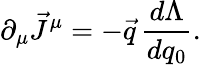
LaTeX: \partial_{\mu}\vec{J}^{\mu}=-\vec{q}\, \frac{d\Lambda}{dq_{0}}.